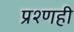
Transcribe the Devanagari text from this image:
प्रश्णही